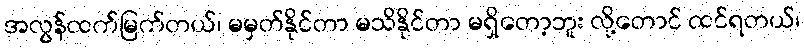
အလွန်ထက်မြက်တယ်၊ မမှတ်နိုင်တာ မသိနိုင်တာ မရှိတော့ဘူး လို့တောင် ထင်ရတယ်၊